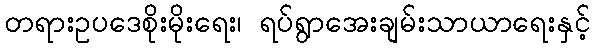
တရားဥပဒေစိုးမိုးရေး၊ ရပ်ရွာအေးချမ်းသာယာရေးနှင့်